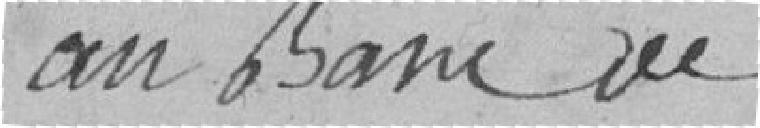
au Banc de